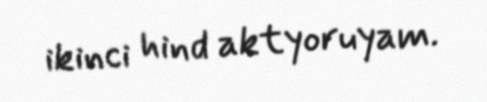
ikinci hind aktyoruyam.